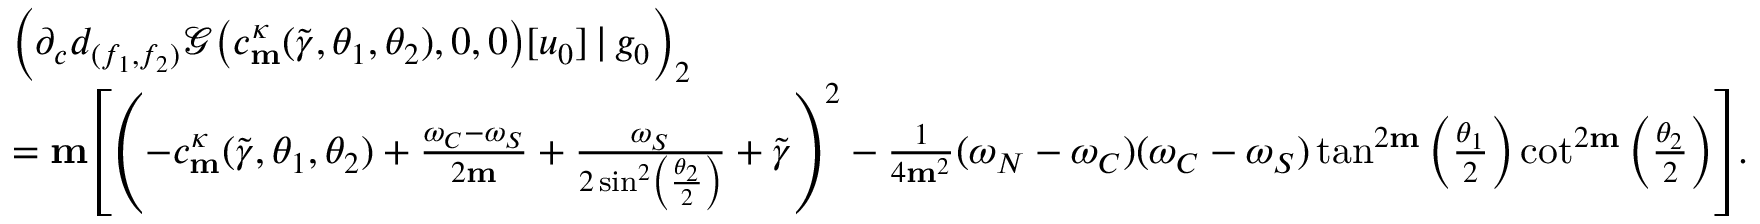
\begin{array} { r l } & { \Big ( \partial _ { c } d _ { ( f _ { 1 } , f _ { 2 } ) } \mathscr { G } \big ( c _ { \mathbf { m } } ^ { \kappa } ( \widetilde { \gamma } , \theta _ { 1 } , \theta _ { 2 } ) , 0 , 0 \big ) [ u _ { 0 } ] \, | \, g _ { 0 } \Big ) _ { 2 } } \\ & { = \mathbf { m } \left[ \left( - c _ { \mathbf { m } } ^ { \kappa } ( \widetilde { \gamma } , \theta _ { 1 } , \theta _ { 2 } ) + \frac { \omega _ { C } - \omega _ { S } } { 2 \mathbf { m } } + \frac { \omega _ { S } } { 2 \sin ^ { 2 } \left( \frac { \theta _ { 2 } } { 2 } \right) } + \widetilde { \gamma } \right) ^ { 2 } - \frac { 1 } { 4 \mathbf { m } ^ { 2 } } ( \omega _ { N } - \omega _ { C } ) ( \omega _ { C } - \omega _ { S } ) \tan ^ { 2 \mathbf { m } } \left( \frac { \theta _ { 1 } } { 2 } \right) \cot ^ { 2 \mathbf { m } } \left( \frac { \theta _ { 2 } } { 2 } \right) \right] . } \end{array}